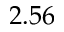
2 . 5 6